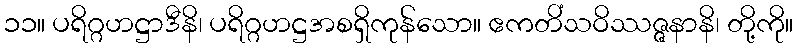
၁၁။ ပရိဂ္ဂဟဋ္ဌာဒီနိ၊ ပရိဂ္ဂဟဋ္ဌအစရှိကုန်သော။ ဧကတိံသဝိဿဇ္ဇနာနိ၊ တို့ကို။